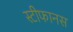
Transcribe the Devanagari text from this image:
स्टीफानस